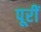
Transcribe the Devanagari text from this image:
पूरीं